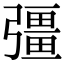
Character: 彊